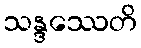
သန္ဒဿေတိ